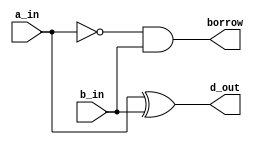
`timescale 1ns / 1ps
//////////////////////////////////////////////////////////////////////////////////
// Company: 
// Engineer: 
// 
// Design Name: 
// Module Name: half_sub
// Project Name: 
// Target Devices: 
// Tool Versions: 
// Description: 
// 
// Dependencies: 
// 
// Revision:
// Revision 0.01 - File Created
// Additional Comments:
// 
//////////////////////////////////////////////////////////////////////////////////


module half_sub(
                input a_in,
                input b_in,
                output d_out,
                output borrow);

assign d_out= a_in ^ b_in;
assign borrow= ~a_in & b_in;    
endmodule